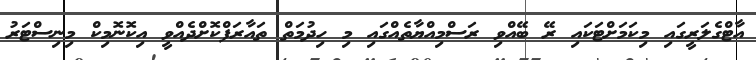
އާޓްގެލަރީގައި މިކަމަށްޓަކައި ރޭ ބޭއްވި ރަސްމިއްޔާތެެއްގައި މި ހިދުމަތް ތައާރަފްކޮށްދެއްވީ އިކޮނޮމިކް މިނިސްޓަރު